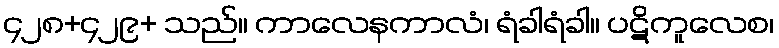
၄၂၈+၄၂၉+ သည်။ ကာလေနကာလံ၊ ရံခါရံခါ။ ပဋိကူလေစ၊